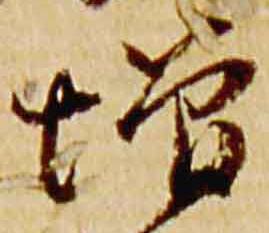
増